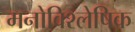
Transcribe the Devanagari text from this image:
मनोविश्लेषिक